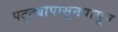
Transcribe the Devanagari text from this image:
पट्ट्यांपासूनपासून